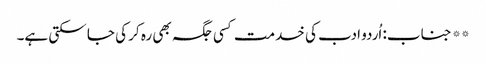
** جناب: اُردو ادب کی خدمت کسی جگہ بھی رہ کر کی جا سکتی ہے۔